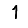
Digit: 1